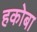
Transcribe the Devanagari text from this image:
हकोबा